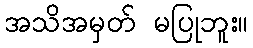
အသိအမှတ် မပြုဘူး။